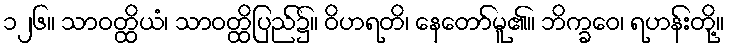
၁၂၆။ သာဝတ္ထိယံ၊ သာဝတ္ထိပြည်၌။ ဝိဟရတိ၊ နေတော်မူ၏။ ဘိက္ခဝေ၊ ရဟန်းတို့။